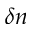
\delta n